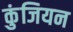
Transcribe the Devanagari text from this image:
कुंजियन